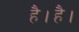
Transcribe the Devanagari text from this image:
है।है।